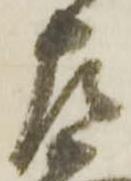
左